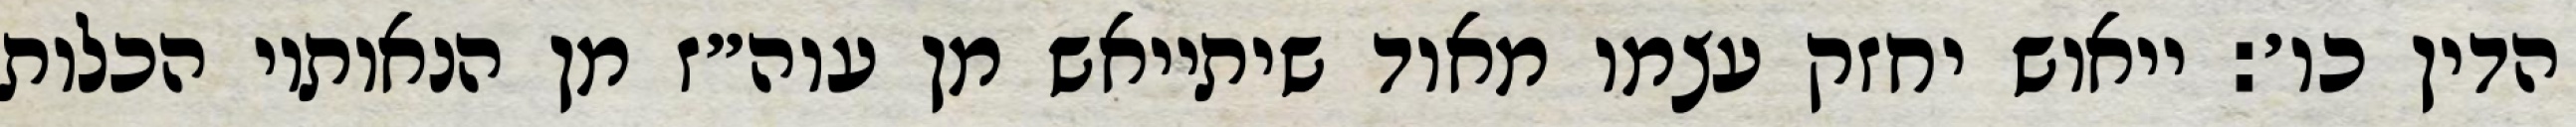
הדין כו׳: ייאוש יחזק עצמו מאוד שיתייאש מן עוה״ז מן הנאותיו הכלות